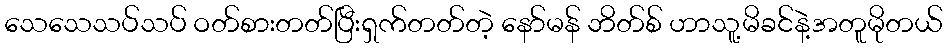
သေသေသပ်သပ် ဝတ်စားတတ်ပြီးရှက်တတ်တဲ့ နော်မန် ဘိတ်စ် ဟာသူ့မိခင်နဲ့အတူမိုတယ်